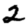
Digit: 2